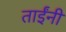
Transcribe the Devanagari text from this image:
ताईंनी